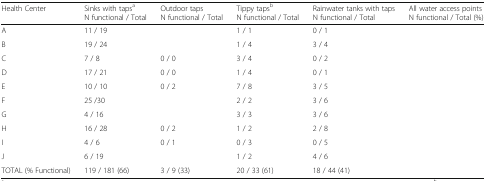
<table><thead><tr><td><b>Health Center</b></td><td><b>Sinks with taps<sup>a</sup> N functional / Total</b></td><td><b>Outdoor taps N functional / Total</b></td><td><b>Tippy taps<sup>b</sup> N functional / Total</b></td><td><b>Rainwater tanks with taps N functional / Total</b></td><td><b>All water access points N functional / Total (%)</b></td></tr></thead><tbody><tr><td>A</td><td>11 / 19</td><td>[EMPTY_CELL]</td><td>1 / 1</td><td>0 / 1</td><td>[EMPTY_CELL]</td></tr><tr><td>B</td><td>19 / 24</td><td>[EMPTY_CELL]</td><td>1 / 4</td><td>3 / 4</td><td>[EMPTY_CELL]</td></tr><tr><td>C</td><td>7 / 8</td><td>0 / 0</td><td>3 / 4</td><td>0 / 2</td><td>[EMPTY_CELL]</td></tr><tr><td>D</td><td>17 / 21</td><td>0 / 0</td><td>1 / 4</td><td>0 / 1</td><td>[EMPTY_CELL]</td></tr><tr><td>E</td><td>10 / 10</td><td>0 / 2</td><td>7 / 8</td><td>3 / 5</td><td>[EMPTY_CELL]</td></tr><tr><td>F</td><td>25 /30</td><td>[EMPTY_CELL]</td><td>2 / 2</td><td>3 / 6</td><td>[EMPTY_CELL]</td></tr><tr><td>G</td><td>4 / 16</td><td>[EMPTY_CELL]</td><td>3 / 3</td><td>3 / 6</td><td>[EMPTY_CELL]</td></tr><tr><td>H</td><td>16 / 28</td><td>0 / 2</td><td>1 / 2</td><td>2 / 8</td><td>[EMPTY_CELL]</td></tr><tr><td>I</td><td>4 / 6</td><td>0 / 1</td><td>0 / 3</td><td>0 / 5</td><td>[EMPTY_CELL]</td></tr><tr><td>J</td><td>6 / 19</td><td>[EMPTY_CELL]</td><td>1 / 2</td><td>4 / 6</td><td>[EMPTY_CELL]</td></tr><tr><td>TOTAL (% Functional)</td><td>119 / 181 (66)</td><td>3 / 9 (33)</td><td>20 / 33 (61)</td><td>18 / 44 (41)</td><td>[EMPTY_CELL]</td></tr></tbody></table>